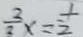
\frac { 2 } { 3 } x = \frac { 1 } { 2 }